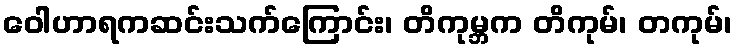
ဝေါဟာရကဆင်းသက်ကြောင်း၊ တိကုမ္ဘက တိကုမ်၊ တကုမ်၊